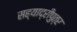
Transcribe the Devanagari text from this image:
सह्याद्रीपुत्र